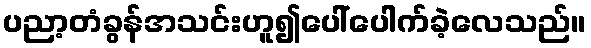
ပညာ့တံခွန်အသင်းဟူ၍ပေါ်ပေါက်ခဲ့လေသည်။